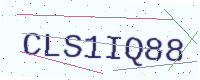
Text: CLS1IQ88